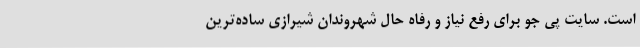
است. سایت پی جو برای رفع نیاز و رفاه حال شهروندان شیرازی ساده‌ترین